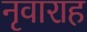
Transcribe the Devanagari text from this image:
नृवाराह